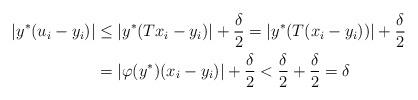
LaTeX: \begin{align*} |y^*(u_i - y_i)| &\le |y^*(Tx_i-y_i)| + \frac{\delta}{2} = |y^*(T(x_i - y_i))| + \frac{\delta}{2} \\ &= |\varphi(y^*)(x_i - y_i)| + \frac{\delta}{2} < \frac{\delta}{2} + \frac{\delta}{2} = \delta \end{align*}